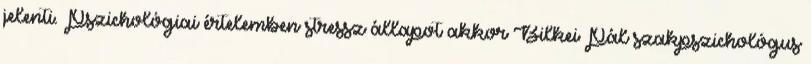
jelenti. Pszichológiai értelemben stressz állapot akkor Bilkei Pál szakpszichológus